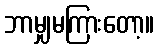
ဘာမျှမကြားတော့။